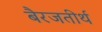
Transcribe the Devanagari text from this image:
बैरजतीर्थ